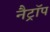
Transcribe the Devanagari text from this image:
नैट्रॉप